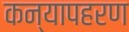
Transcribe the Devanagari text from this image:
कन्यापहरण